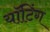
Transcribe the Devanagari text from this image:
यॉटिंग